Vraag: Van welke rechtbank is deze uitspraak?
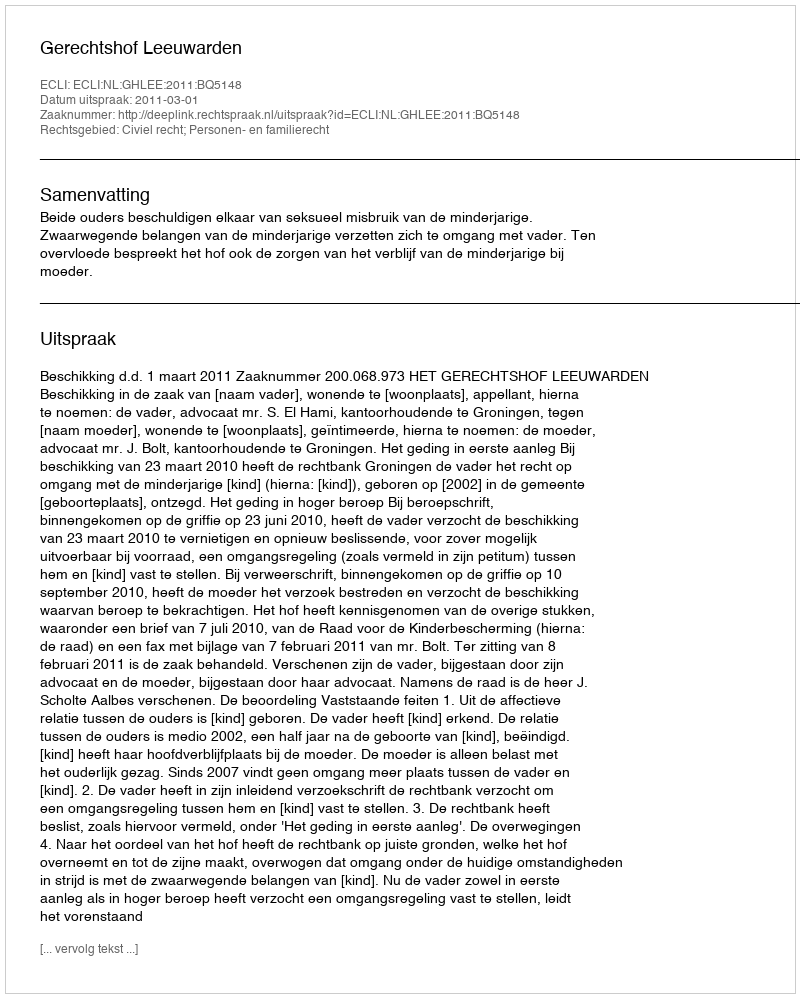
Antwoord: Gerechtshof Leeuwarden